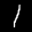
Label: 1